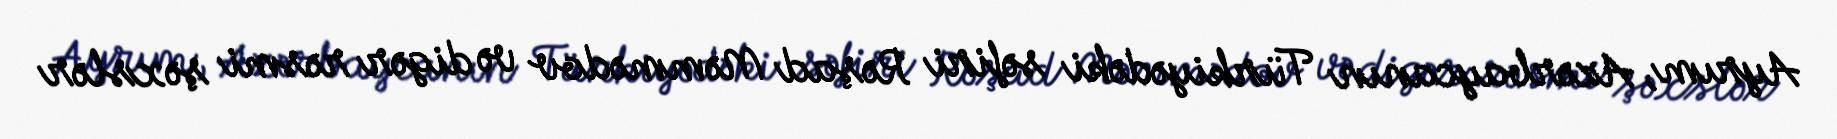
Ayrım, Azərbaycanın Türkiyədəki səfiri Rəşad Məmmədov və digər rəsmi şəxslər